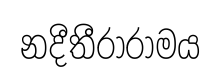
නදීතීරාරාමය